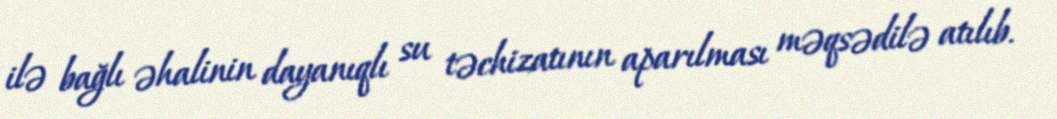
ilə bağlı əhalinin dayanıqlı su təchizatının aparılması məqsədilə atılıb.